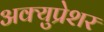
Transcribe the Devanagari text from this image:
अक्युप्रेशर